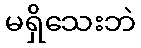
မရှိသေးဘဲ